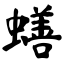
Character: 蟮